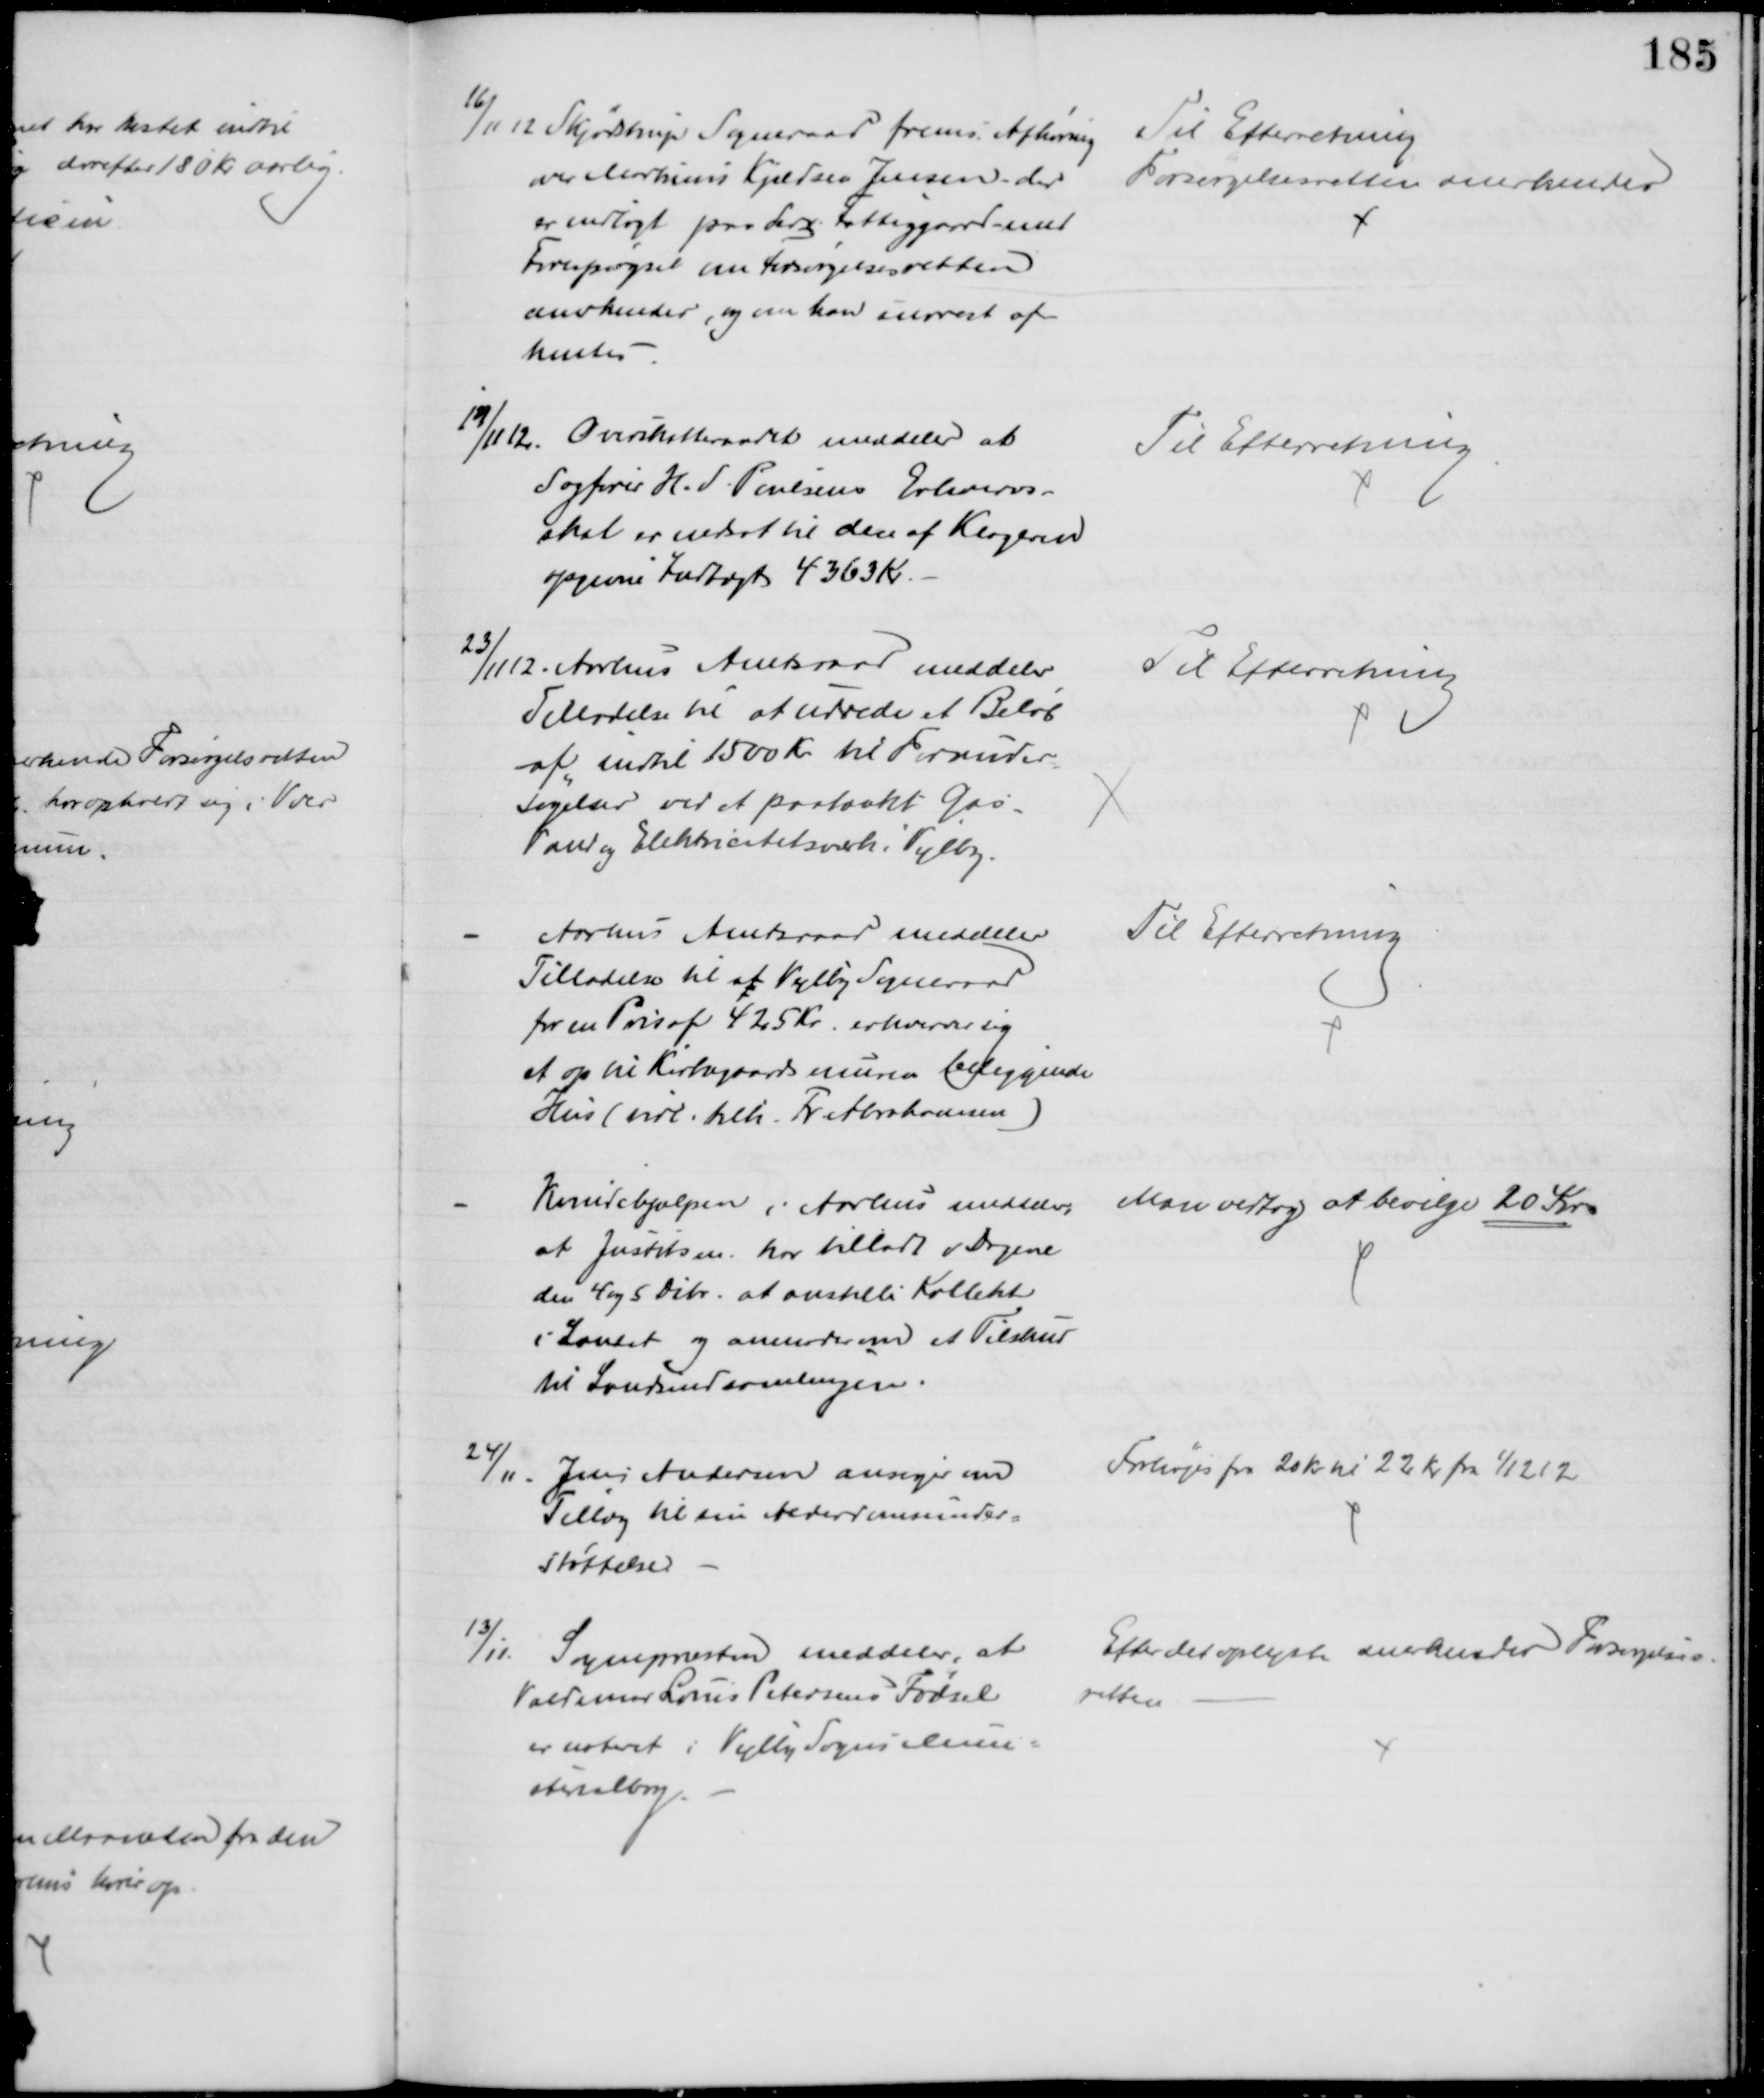
Transskription:
16/11 12 Skjødstrup Sogneraad frems. Afhøring
over Martinus Kjeldsen Jensen, der
er indlagt paa derv. Fattiggaard med
Forespørgsel om Forsørgelsesretten
anerkendes, og om han snarest af-
hentes
Til Efterretning
Forsørgelsesretten anerkendes
19/11 12.
Overskatteraadet meddeler at
Sagfører H. S. Poulsens Erhvervs-
skat er nedsat til den af Klageren
opgivne Indtægt 4363 Kr.
Til Efterretning
23/11 12. Aarhus Amtsraad meddeler
Tilladelse til at udrede et Beløb
af indtil 1500 Kr til Forunder-
søgelser ved et paatænkt Gas-
Vand og Elektricitetsværk i Vejlby.
Til Efterretning
Aarhus Amtsraad meddeler
Tilladelse til at Vejlby Sogneraad
for en Pris af 425 Kr. erhverver sig
et op til Kirkegaardsmuren beliggende
Hus (tidl. tilh. Fr. Abrahamsen)
Til Efterretning
Kvindehjælpen i Aarhus meddeler,
at Justitsm. har tilladt i Dagene
den 4 og 5 Dcbr. at anstille Kollekt
i Landet og anmoder om et Tilskud
til Landsindsamlingen.
Man vedtog at bevilge 20 Kr.
24/11
Jens Andersen ansøger om
Tillæg til sin Alderdomsunder=
støttelse
Forhøjes fra 20 Kr til 22 Kr fra 1/12 12
13/11. Sognepræsten meddeler, at
Valdemar Louis Petersens Fødsel
er noteret i Vejlby Sogns Mini=.
sterialbog.
Efter det oplyste anerkendes Forsørgelses-
retten